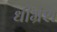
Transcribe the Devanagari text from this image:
धीभ्रंश